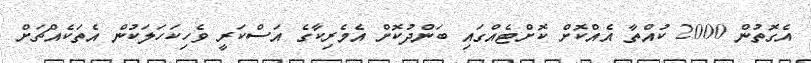
އެގޮތުން 2000 ކުއްތާ އެއްކޮށް ކޮށްޓެއްގައި ބަންދުކޮށް އެމެރިކާގެ އަސްކަރީ ވެހިކަހަލަކުން އެތަކެއްޗަށް